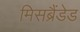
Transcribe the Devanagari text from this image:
मिसब्रैंडेड